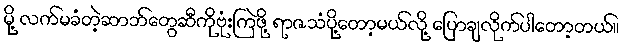
မို့ လက်မခံတဲ့ဆာဘ်တွေဆီကိုဗုံးကြဲဖို့ ရာဇသံပို့တော့မယ်လို့ ပြောချလိုက်ပါတော့တယ်။